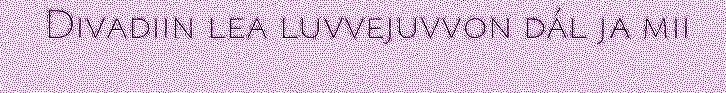
Divadiin lea luvvejuvvon dál ja mii